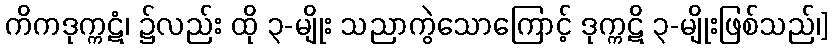
ကိကဒုက္ကဋံ၊ ၌လည်း ထို ၃-မျိုး သညာကွဲသောကြောင့် ဒုက္ကဋိ ၃-မျိုးဖြစ်သည်၊]